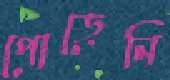
পোড়েনি